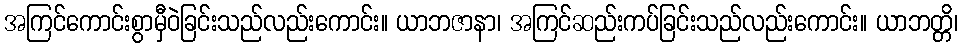
အကြင်ကောင်းစွာမှီဝဲခြင်းသည်လည်းကောင်း။ ယာဘဇာနာ၊ အကြင်ဆည်းကပ်ခြင်းသည်လည်းကောင်း။ ယာဘတ္တိ၊